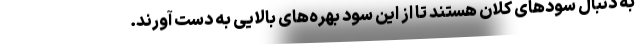
به دنبال سودهای کلان هستند تا از این سود بهره‌های بالایی به دست آورند.